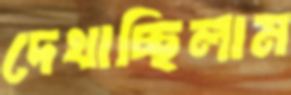
দেখাচ্ছিলাম